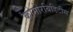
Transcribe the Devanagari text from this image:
कोमोरबिडिटीस